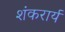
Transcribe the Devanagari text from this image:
शंकरार्य